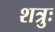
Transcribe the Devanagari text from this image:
शत्रुः